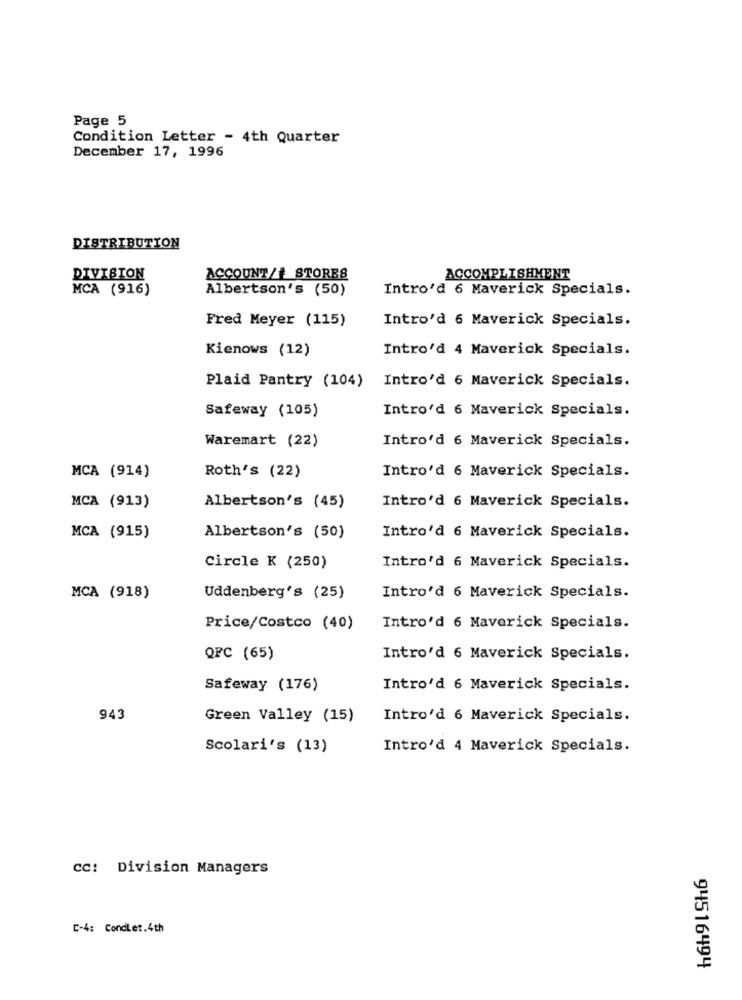
Page 5
Condition Letter - 4th Quarter
December 17, 1996
DISTRIBUTION
DIVISION
ACCOUNT/# STORES
ACCOMPLISHMENT
MCA (916)
Albertson's (50)
Intro'd 6 Maverick Specials.
Fred Meyer (115)
Intro'd 6 Maverick Specials.
Kienows (12)
Intro'd 4 Maverick Specials.
Plaid Pantry (104)
Intro'd 6 Maverick Specials.
Safeway (105)
Intro'd 6 Maverick Specials.
Intro'd 6 Maverick Specials.
Waremart (22)
MCA (914)
Roth's (22)
Intro'd 6 Maverick Specials.
MCA (913)
Albertson's (45)
Intro'd 6 Maverick Specials.
MCA (915)
Albertson's (50)
Intro'd 6 Maverick Specials.
Circle K (250)
Intro'd 6 Maverick Specials.
MCA (918)
Uddenberg's (25)
Intro'd 6 Maverick Specials.
Price/Costco (40)
Intro'd 6 Maverick Specials.
QFC (65)
Intro'd 6 Maverick Specials.
Safeway (176)
Intro'd 6 Maverick Specials.
943
Green Valley (15)
Intro'd 6 Maverick Specials.
Scolari's (13)
Intro'd 4 Maverick Specials.
cc: Division Managers
C-4: Condlet.4th
94516494